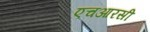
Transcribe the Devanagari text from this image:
एचआरसी